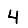
Digit: 4